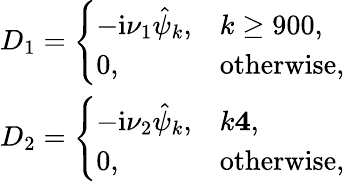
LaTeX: \begin{array}{r}{D_{1}=\left\{ \begin{array}{ll}{-\textnormal{i}\nu_{1}\hat{\psi}_{k},}&{k\ge 900,}\\ {0,}&{\mathrm{otherwise},}\end{array}\right.}\\ {D_{2}=\left\{ \begin{array}{ll}{-\textnormal{i}\nu_{2}\hat{\psi}_{k},}&{k\le 4,}\\ {0,}&{\mathrm{otherwise},}\end{array}\right.}\end{array}